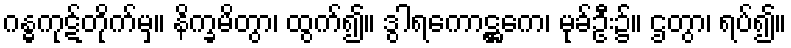
ဂန္ဓကုဋ်တိုက်မှ။ နိက္ခမိတွာ၊ ထွက်၍။ ဒွါရကောဋ္ဌကေ၊ မုခ်ဦး၌။ ဌတွာ၊ ရပ်၍။